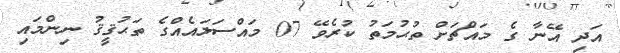
އަދި އޭނާ ގެ މައްޗަށް ތުޙުމަތު ކުރެވޭ 07 މައްސަލައެއްގެ ތަޙުޤީޤު ނިންމައި